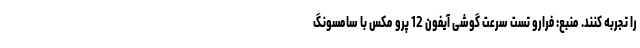
را تجربه کنند. منبع: فرارو تست سرعت گوشی آیفون 12 پرو مکس با سامسونگ